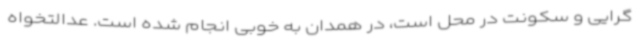
گرایی و سکونت در محل است، در همدان به خوبی انجام شده است. عدالتخواه